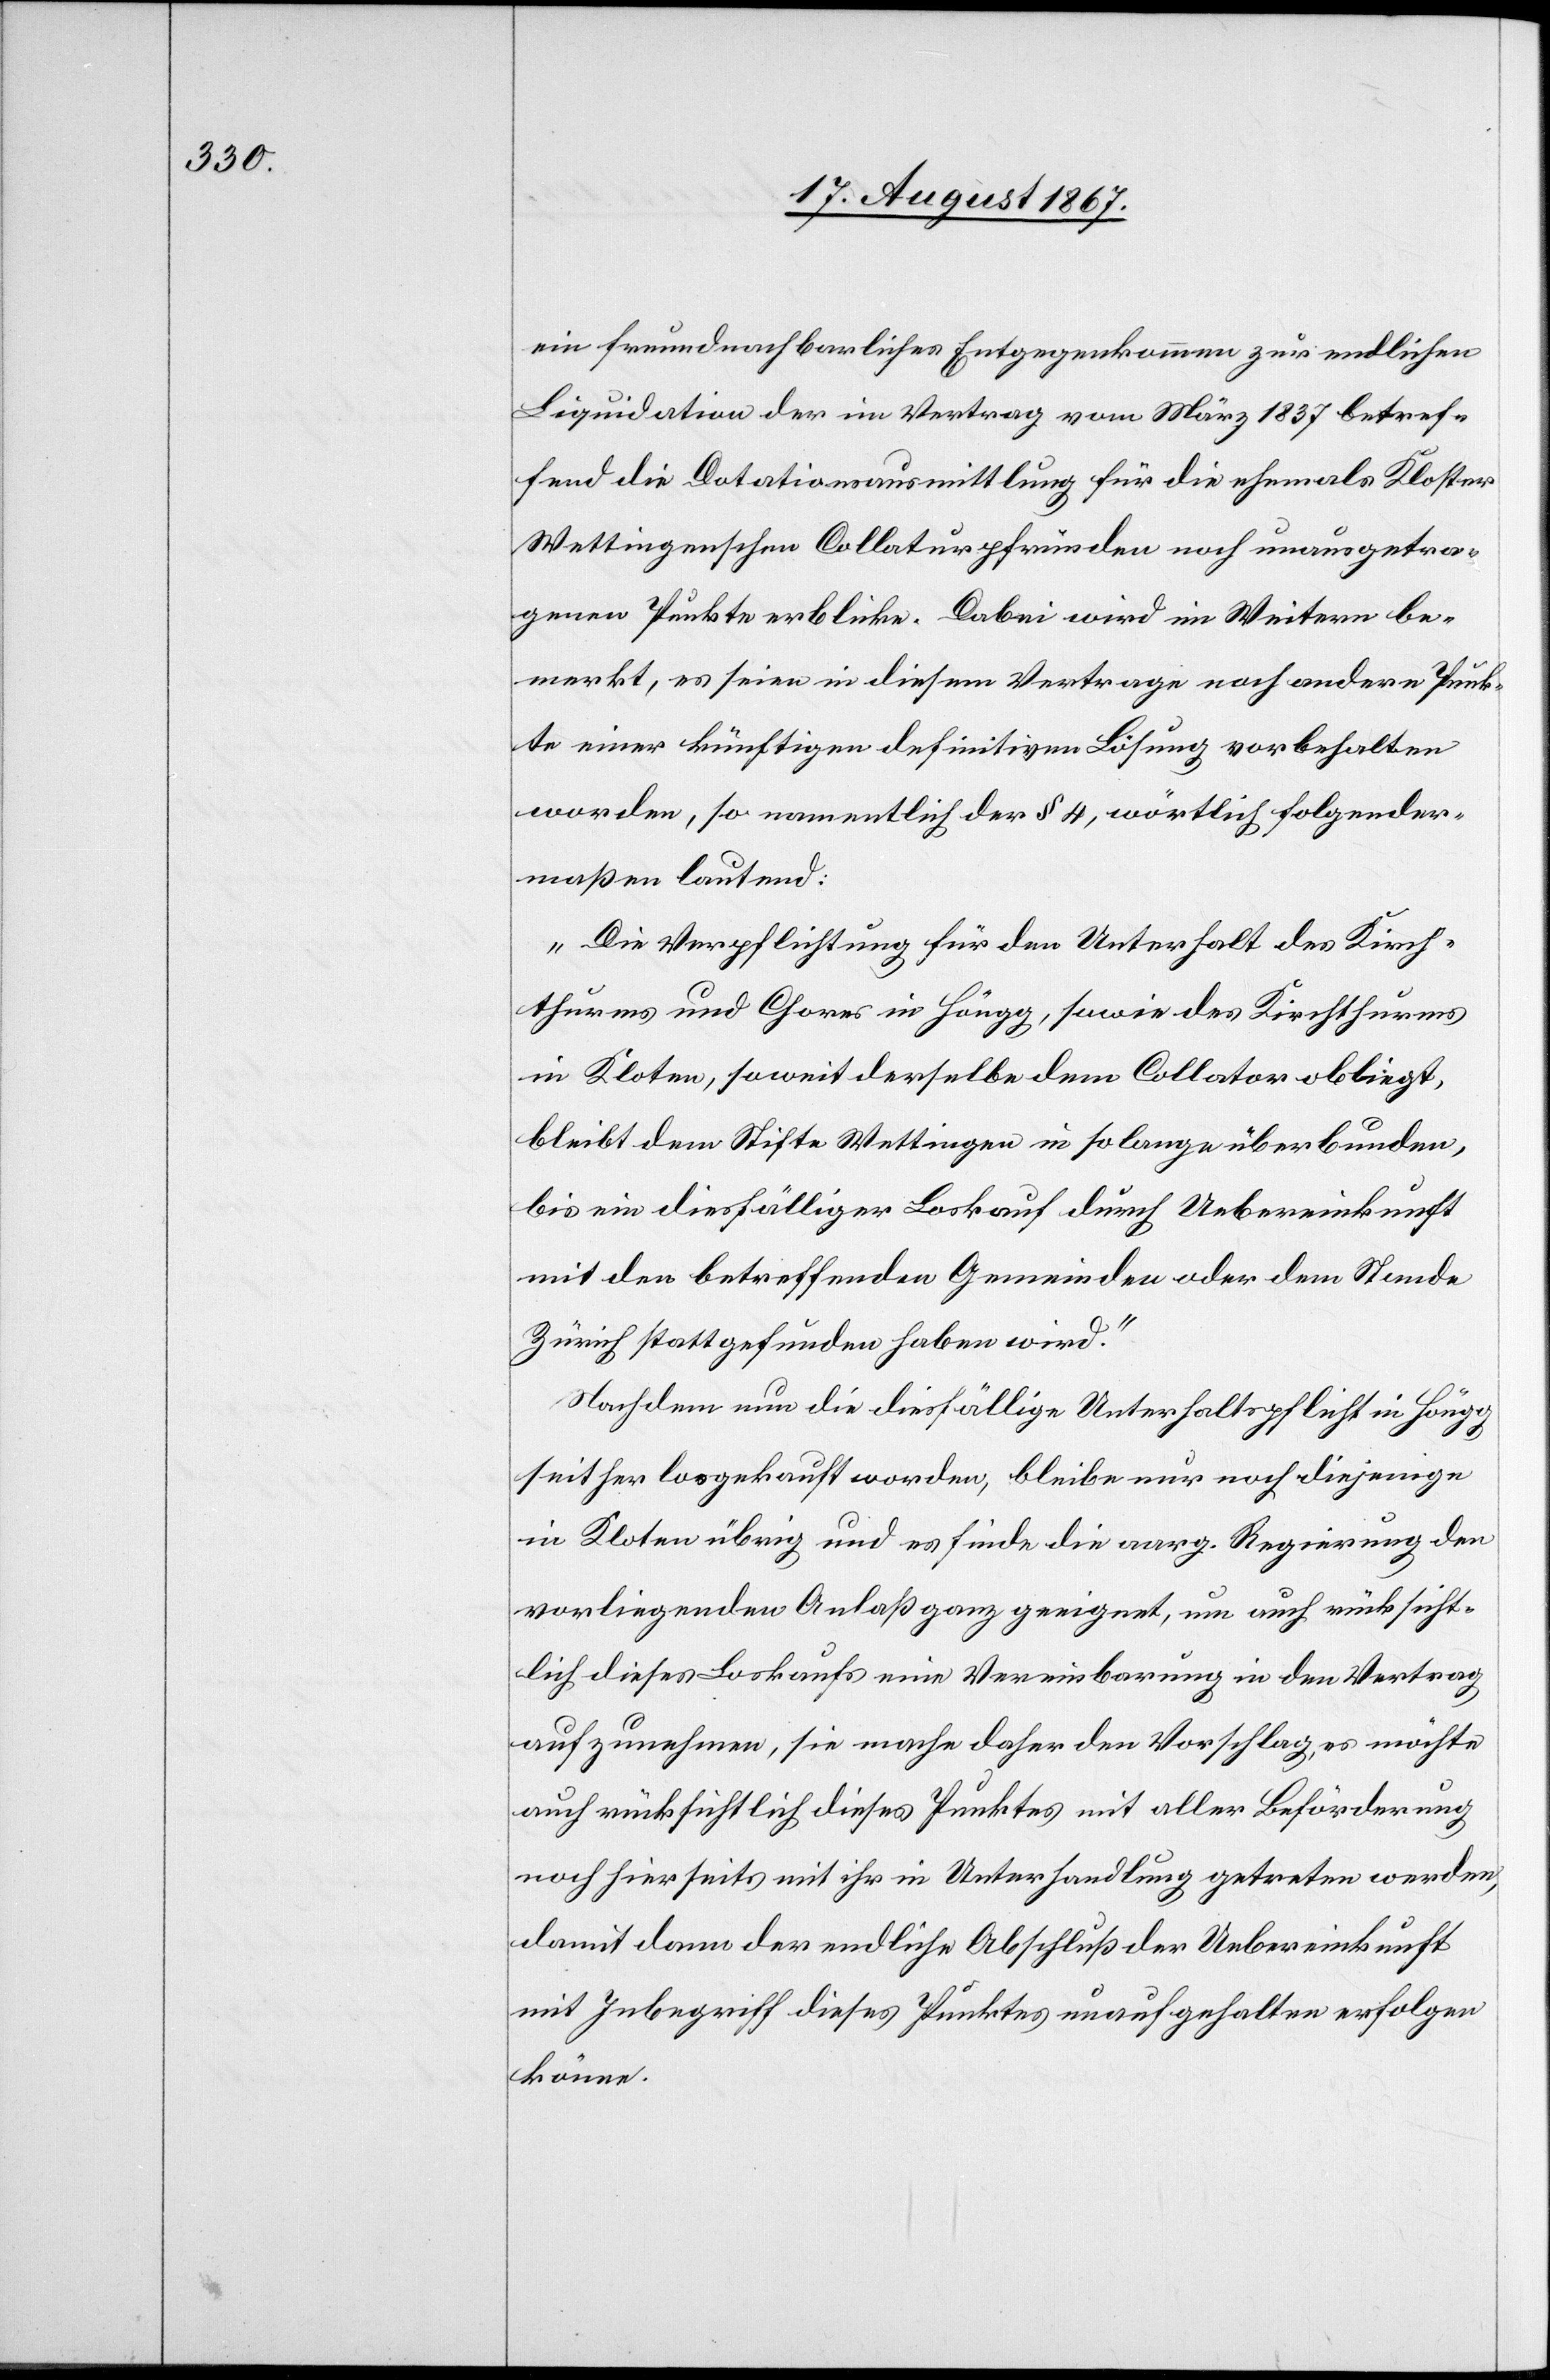
ein freundnachbarliches Entgegenkommen zur endlichen
Liquidation der im Vertrag vom März 1837 betref¬
fend die Dotationsausmittlung für die ehemals Kloster
Wettingenschen Collaturpfründen noch unausgetra¬
genen Punkte erblicke. Dabei wird noch im Weitern be¬
merkt, es seien in diesem Vertrage noch andere Punk¬
te einer künftigen definitiven Lösung vorbehalten
worden, so namentlich der § 4, wörtlich folgender¬
maßen lautend:
„Die Verpflichtung für den Unterhalt des Kirch¬
thurms und Chores in Höngg, sowie des Kirchthurms
in Kloten, soweit derselbe dem Collator obliegt,
bleibt dem Stifte Wettingen in so lange überbunden,
bis ein diesfälliger Loskauf durch Uebereinkunft
mit den betreffenden Gemeinde oder dem Stande
Zürich stattgefunden haben wird.“
Nachdem nun die diesfällige Unterhaltspflicht in Höngg
seither losgekauft worden, bleibe nur noch diejenige
in Kloten übrig und es finde die aarg. Regierung den
vorliegenden Anlaß ganz geeignet, um auch rücksicht¬
lich dieses Loskaufs eine Vereinbarung in den Vertrag
aufzunehmen, sie mache daher den Vorschlag, es möchte
auch rücksichtlich dieses Punktes mit aller Beförderung
noch hierseits mit ihr in Unterhandlung getreten werden,
damit dann der endliche Abschluß der Uebereinkunft
mit Inbegriff dieses Punktes unaufgehalten erfolgen
könne.